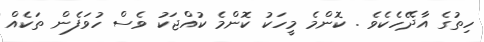
ހިތުގެ އާދޭހެކެވެ . ކޮންމެ މީހަކު ކޮންމެ ކުއްޖަކު ވެސް ހުވަފެން ތަކެއް